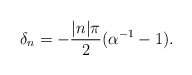
\begin{align*}\delta_n =-{|n|\pi\over 2}(\alpha^{-1}-1).\end{align*}